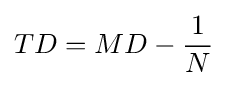
TD=MD-{\frac {1}{N}}